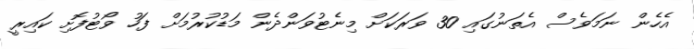
އެހެން ނަމަވެސް އެތަނުގައި 30 ވަރަކަށް މިނެޓުވަންދެން މަޑުކުރުމަށް ފަހު ވޯޓުފޮށި ކައިރީ